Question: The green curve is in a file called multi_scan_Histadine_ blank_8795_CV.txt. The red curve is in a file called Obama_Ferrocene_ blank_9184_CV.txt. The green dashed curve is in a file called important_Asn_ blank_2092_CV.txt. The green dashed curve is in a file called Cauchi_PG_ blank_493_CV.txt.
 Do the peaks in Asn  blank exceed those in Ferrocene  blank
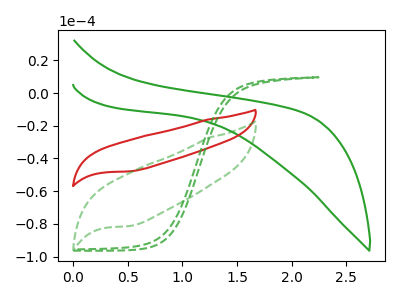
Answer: <think>The green curve "Histadine  blank" has no peaks. The red curve "Ferrocene  blank" has no peaks. The green dashed curve "Asn  blank" has no peaks. The green dashed curve "PG  blank" has no peaks.</think>
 <answer>Niether CV has any peaks.</answer>
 <eval>blanks</eval>